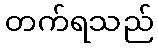
တက်ရသည်